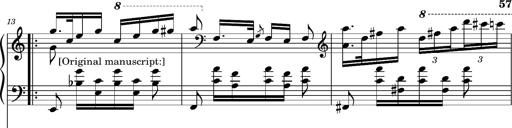
Title: Ungarischer Romanzero
Composer: Franz Liszt